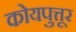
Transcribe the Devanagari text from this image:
कोयपुत्तूर